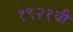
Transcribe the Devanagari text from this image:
१९२१ची